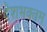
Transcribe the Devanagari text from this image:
देशभक्तम्